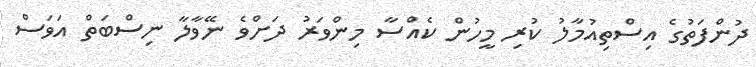
ދުންފަތުގެ އިސްތިއުމާލު ކުރި މީހުން ކެއްސާ މިންވަރު ދަށްވެ ނޭވާލާ ނިސްބަތް އަވަސް